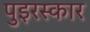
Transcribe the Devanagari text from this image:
पुइरस्कार